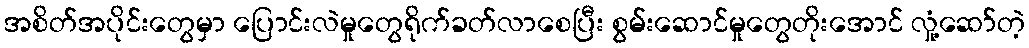
အစိတ်အပိုင်းတွေမှာ ပြောင်းလဲမှုတွေရိုက်ခတ်လာစေပြီး စွမ်းဆောင်မှုတွေတိုးအောင် လှုံ့ဆော်တဲ့